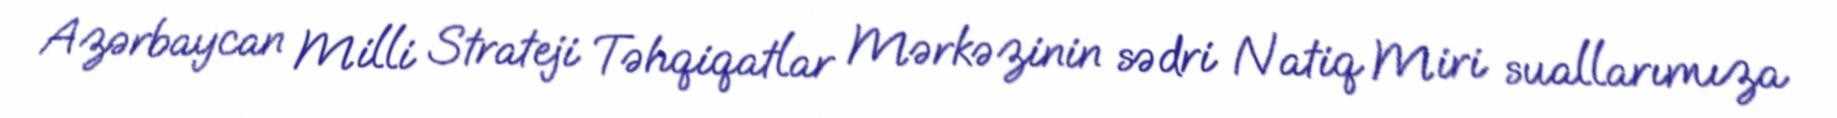
Azərbaycan Milli Strateji Təhqiqatlar Mərkəzinin sədri Natiq Miri suallarımıza